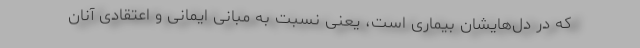
که در دل‌هایشان بیماری است، یعنی نسبت به مبانی ایمانی و اعتقادی آنان